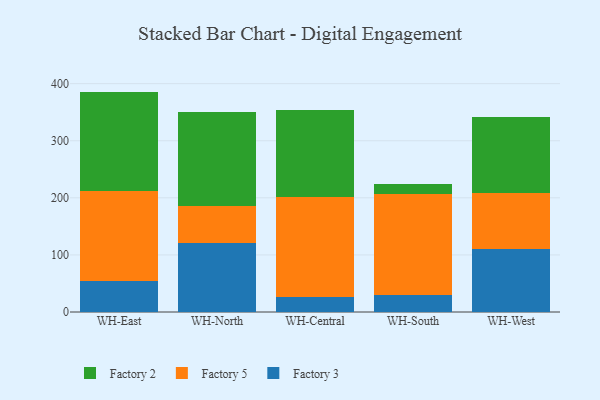
{"axis": {"x": "Warehouse", "y": "Waste Production (Tons)"}, "legend": ["Factory 2", "Factory 3", "Factory 5"], "data": [{"x": "WH-East", "y": 54.6, "type": "Factory 3"}, {"x": "WH-East", "y": 157.4, "type": "Factory 5"}, {"x": "WH-East", "y": 174.1, "type": "Factory 2"}, {"x": "WH-North", "y": 120.9, "type": "Factory 3"}, {"x": "WH-North", "y": 64.8, "type": "Factory 5"}, {"x": "WH-North", "y": 164.7, "type": "Factory 2"}, {"x": "WH-Central", "y": 27.0, "type": "Factory 3"}, {"x": "WH-Central", "y": 173.7, "type": "Factory 5"}, {"x": "WH-Central", "y": 152.6, "type": "Factory 2"}, {"x": "WH-South", "y": 29.6, "type": "Factory 3"}, {"x": "WH-South", "y": 177.4, "type": "Factory 5"}, {"x": "WH-South", "y": 17.6, "type": "Factory 2"}, {"x": "WH-West", "y": 109.8, "type": "Factory 3"}, {"x": "WH-West", "y": 99.1, "type": "Factory 5"}, {"x": "WH-West", "y": 132.8, "type": "Factory 2"}]}